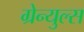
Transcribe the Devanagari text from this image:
ग्रेन्युल्स